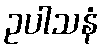
ဥပါသနံ